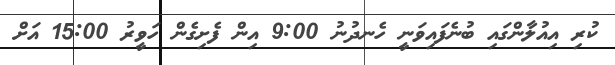
ކުރި އިއުލާންގައި ބުނެފައިވަނީ ހެނދުނު 9:00 އިން ފެށިގެން ހަވީރު 15:00 އަށް